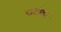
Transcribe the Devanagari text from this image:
मार्ताण्डन